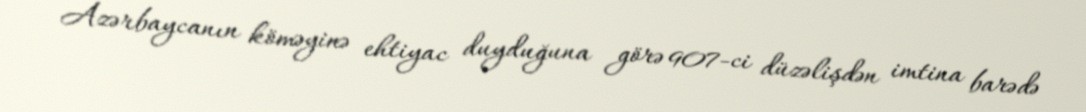
Azərbaycanın köməyinə ehtiyac duyduğuna görə 907-ci düzəlişdən imtina barədə